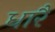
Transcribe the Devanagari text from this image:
धारै